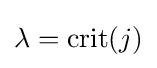
\lambda ={\text{crit}}(j)